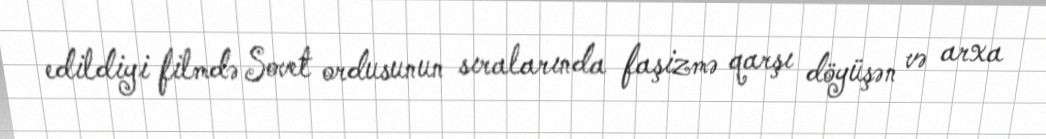
edildiyi filmdə Sovet ordusunun sıralarında faşizmə qarşı döyüşən və arxa